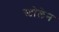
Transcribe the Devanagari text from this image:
स्टोलेन